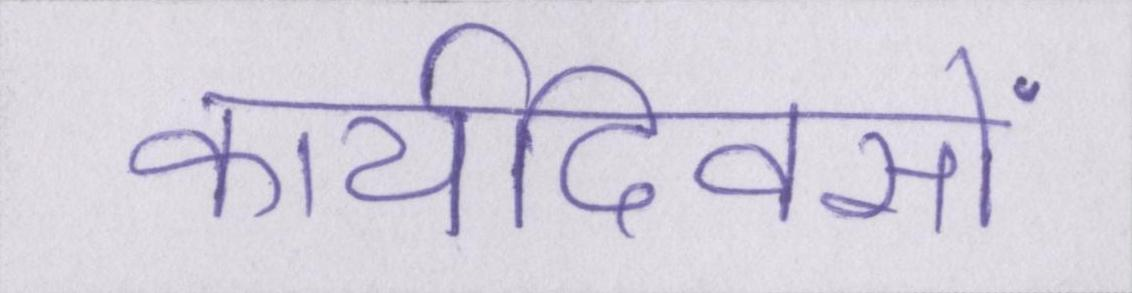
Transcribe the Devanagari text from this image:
कार्यदिवसों